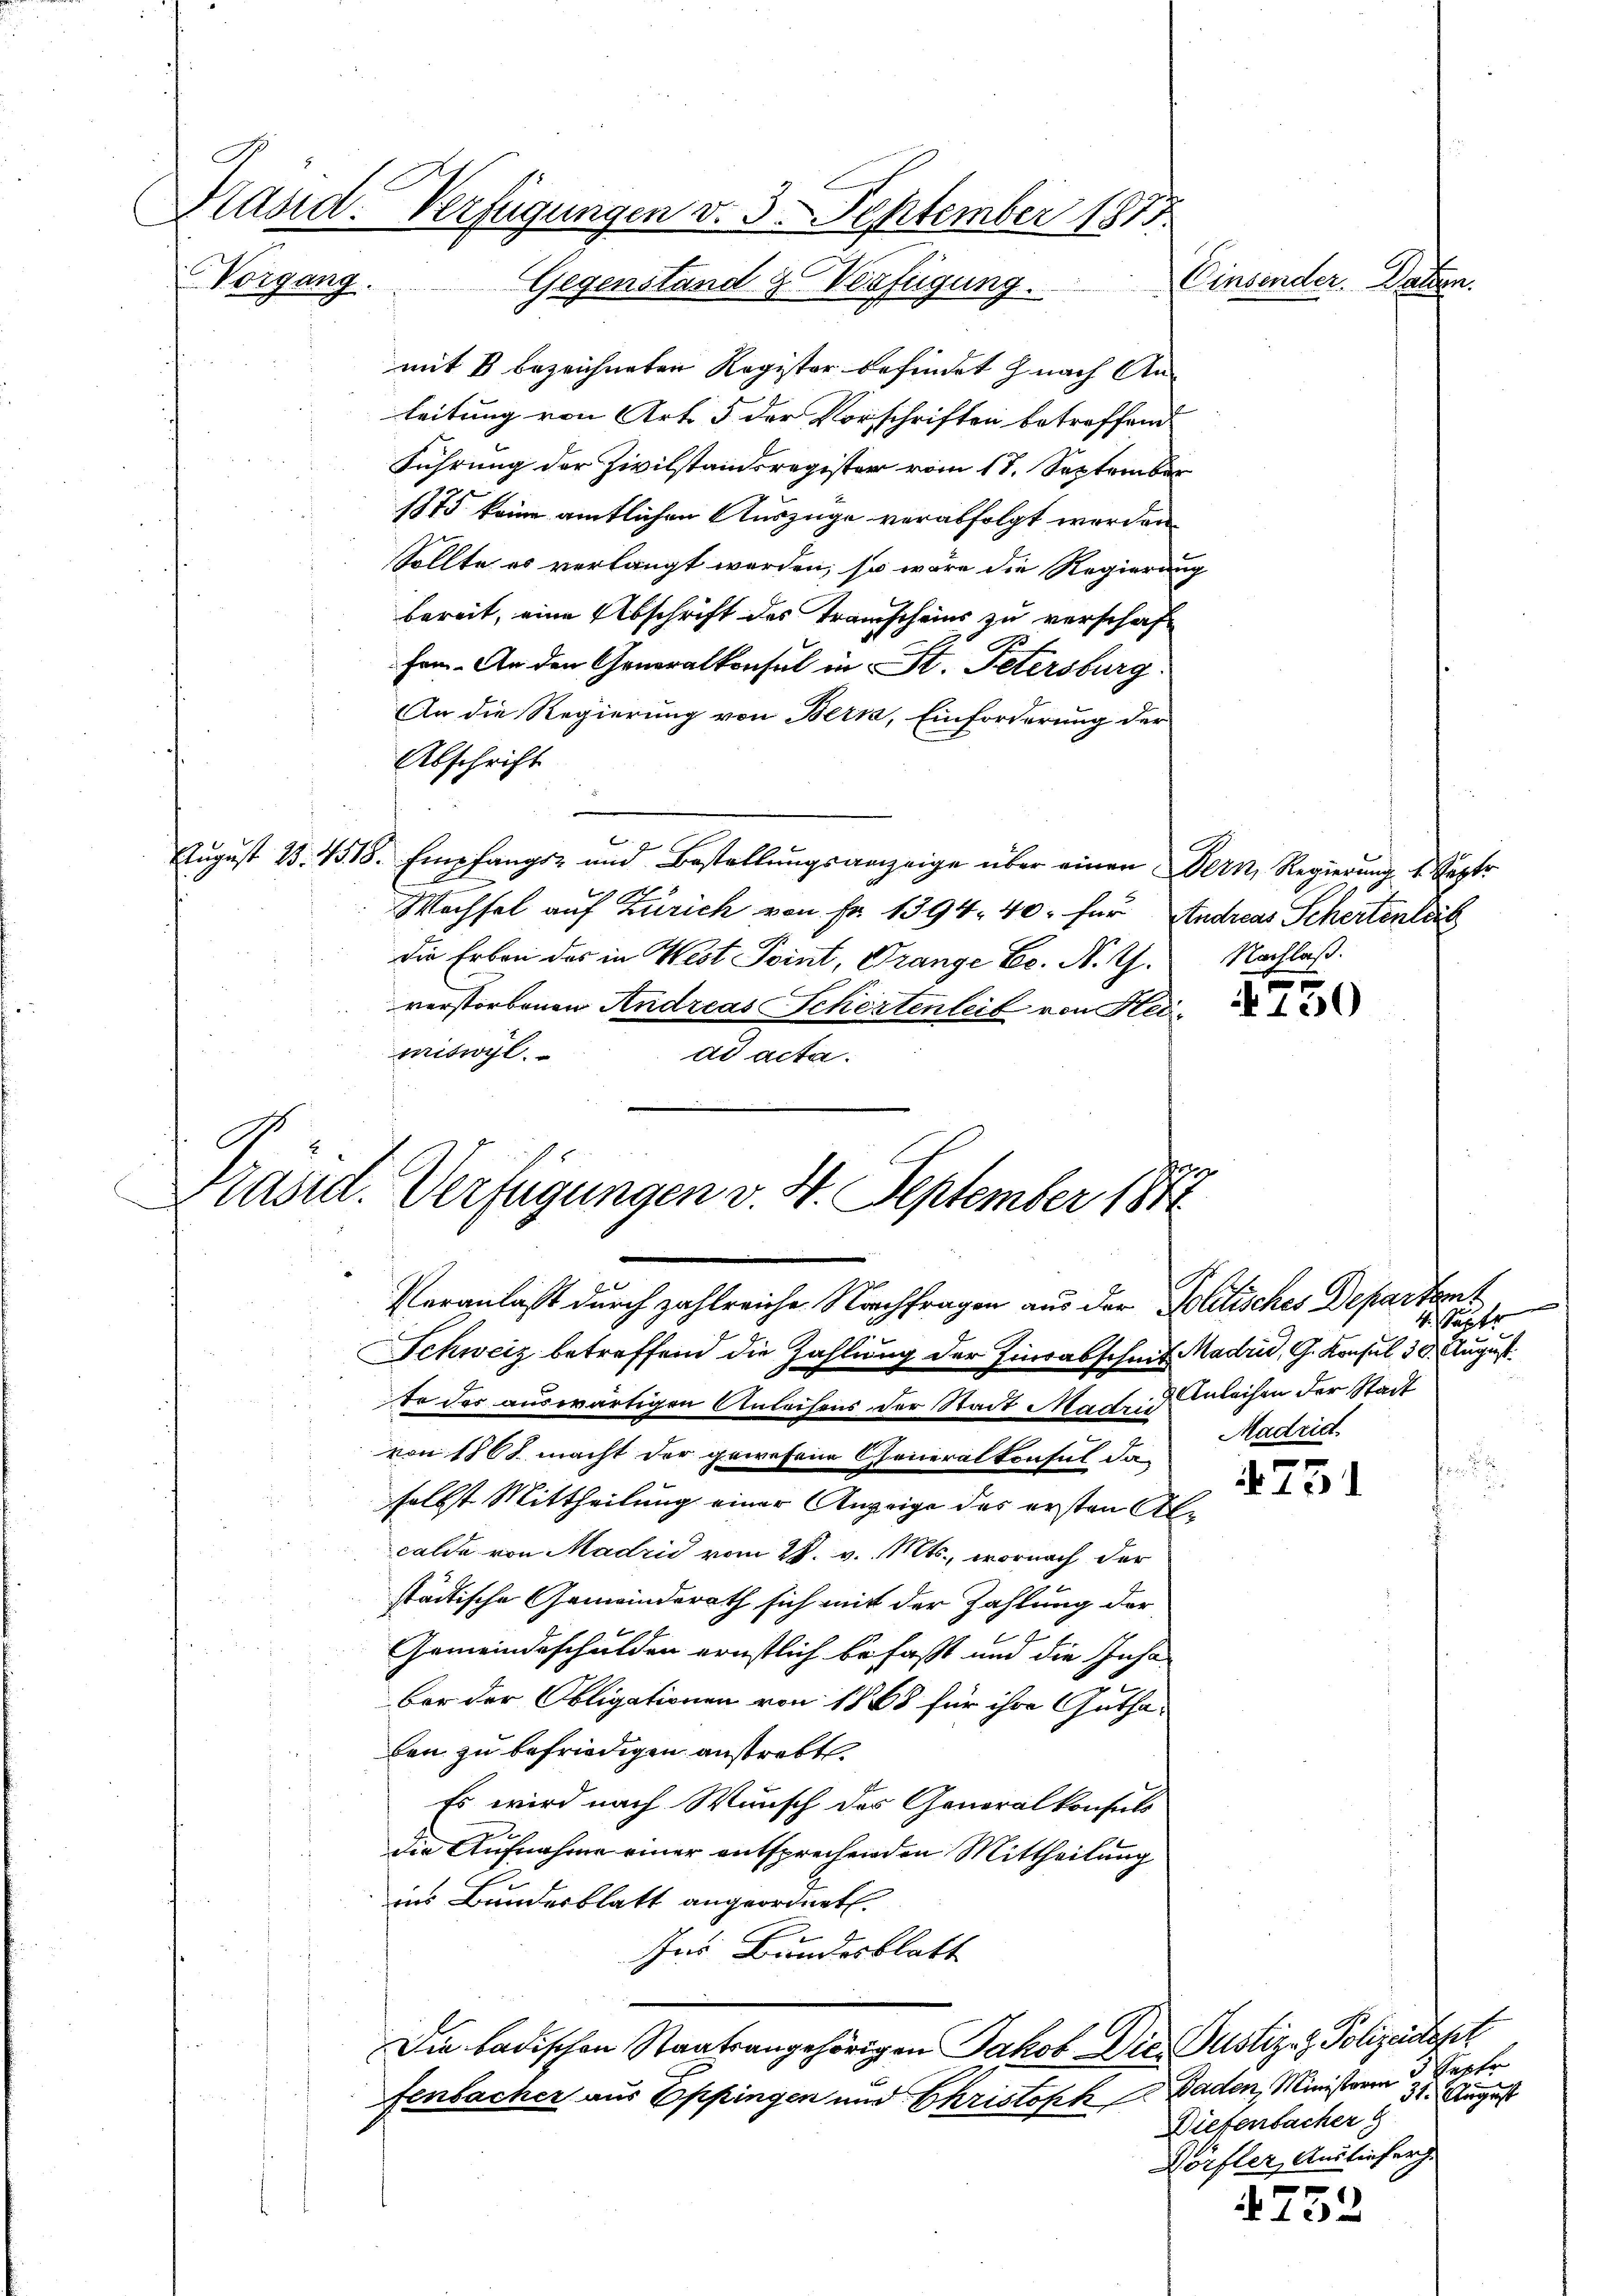
Präsid. Verfügungen v. 3. September 1875.
Vorgang.
Einsender. Dahen.
Gegenstand & Verfügung.

mit 8 bezeichneten Register befindet nach Anleitung von Art. 5 der Vorschriften betreffend
Führung der Zivilstandsregister vom 17. September
1875 keine amtlichen Auszüge verabfolgt werden
Sollte es verlangt werden, so wäre die Regierung
bereit, eine Abschrift des Transcheins zu verschaft
fen. An den Generalkonsul in St. Petersburg.
An die Regierung von Bern, Einforderung der
Abschrift
August 1. 4518. Empfangs- und Bestellungsanzeige über einen Dein, Regierung 1. Septe
F
Wechsel auf Zürich von Fr. 1394. 40. für Andreas Schertentät
Die Erben des in West Point, Grange Er. N. Z.
verstorbenen Andreas Schertenleit von Hei
mitwil
ad acta.

Karnt. Verfügungen v. 4. September 1871
Veranlaßt durch zahlreiche Nachfragen aus der Politisches Departant

Schweiz betreffend die Zahlung der Einsabschmit Madrid, G. Konsul 30. August.
te des auswärtigen Anleihens der Stadt Madrid Anleihen der Stadt
von 1868 macht der gewesene Generalkonsul dan
selbst Mittheilung einer Anzeige des ersten Alcalda von Madrid vom 28. v. Mts., wornach der
städtische Gemeinderath sich mit der Zahlung der
.
2
Gemeindeschulden ernstlich befaßt und die Insa
u
ber der Obligationen von 1868 für ihre Guthaben zu befriedigen anstrebt
Es wird nach Wunsch des Generalkonsuls
die Aufnahme einer entsprechenden Mittheilung
2
ins Bundesblatt angeordnet.
Ins Bundesblatt
Die badischen Staatsangehörigen Jakob Die Justiz- & Polizeistett
fenbacher aus Oppingen und Ehristoph Baden, Ministrern 3 Septe

1.
Nachlag.

100

4. Septe
Madrid.
.
¬

15)

31. August
Diefenbacher g
Worfler, Ausliefer
n

f 42 x